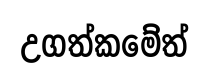
උගත්කමේත්